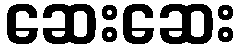
ဆေးဆေး